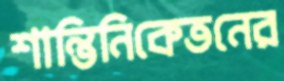
শান্তিনিকেতনের